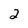
Character: 2